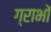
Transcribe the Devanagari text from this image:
ग्राभों